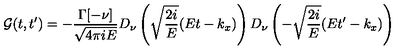
{ \cal { G } } ( t , t ^ { \prime } ) = - { \frac { \Gamma [ - \nu ] } { \sqrt { 4 \pi i E } } } D _ { \nu } \left( \sqrt { \frac { 2 i } { E } } ( E t - k _ { x } ) \right) D _ { \nu } \left( - \sqrt { \frac { 2 i } { E } } ( E t ^ { \prime } - k _ { x } ) \right)